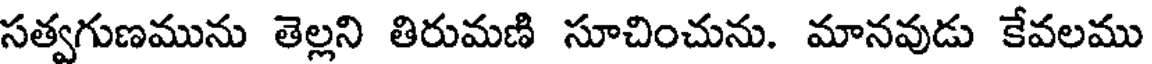
సత్వగుణమును తెల్లని తిరుమణి సూచించును. మానవుడు కేవలము